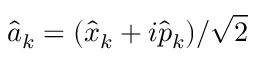
\hat { a } _ { k } = ( \hat { x } _ { k } + i \hat { p } _ { k } ) / \sqrt { 2 }